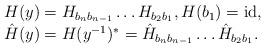
LaTeX: \begin{align*}\begin{array}{l}H(y)=H_{b_n b_{n-1}}\dots H_{b_2 b_{1}},H(b_1)=\textrm{id},\\\hat{H}(y)=H(y^{-1})^{\ast}=\hat{H}_{b_n b_{n-1}}\dots \hat{H}_{b_2 b_{1}}.\end{array}\end{align*}